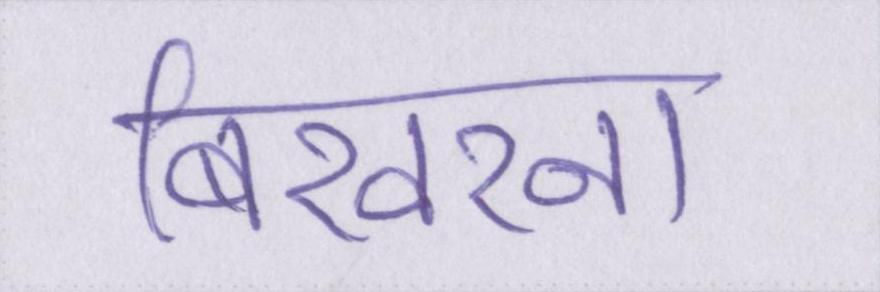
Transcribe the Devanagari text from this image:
बिखरना